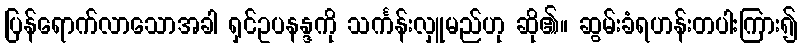
ပြန်ရောက်လာသောအခါ ရှင်ဥပနန္ဒကို သင်္ကန်းလှူမည်ဟု ဆို၏။ ဆွမ်းခံရဟန်းတပါးကြား၍